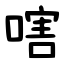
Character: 嗐